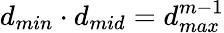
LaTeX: d_{min}\cdot d_{mid}=d_{max}^{m-1}